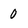
Character: 0